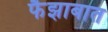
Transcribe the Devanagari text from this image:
फैझाबात